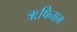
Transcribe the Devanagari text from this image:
ऋषिनाम